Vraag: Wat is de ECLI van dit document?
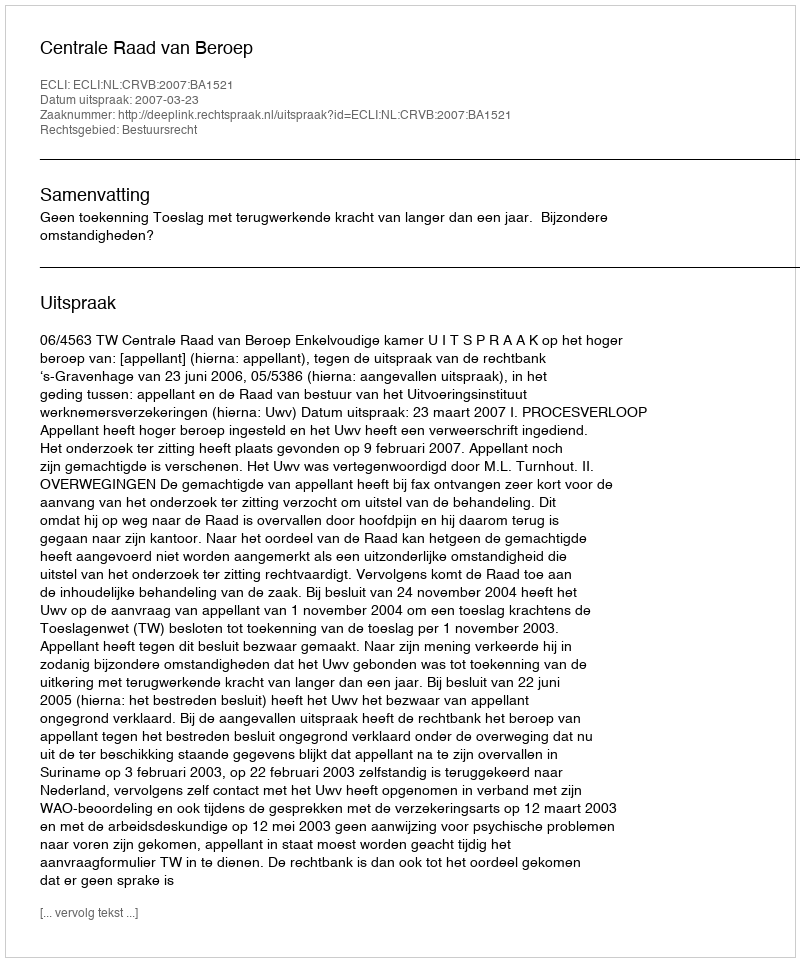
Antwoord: ECLI:NL:CRVB:2007:BA1521